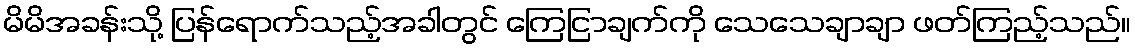
မိမိအခန်းသို့ ပြန်ရောက်သည့်အခါတွင် ကြေငြာချက်ကို သေသေချာချာ ဖတ်ကြည့်သည်။